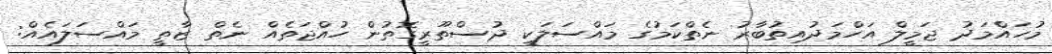
މުހައްމަދު ޖަމީލް އަހްމަދުއިތުބާރު ނެތްކަމުގެ މައްސަލަކީ ދުސްތޫރީގޮތުން ހުއްޖަތެއް ނެތް ޒާތީ މައްސަލައެއް: